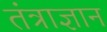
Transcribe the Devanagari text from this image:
तंत्राज्ञान